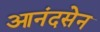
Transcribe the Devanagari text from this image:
आनंदसेन